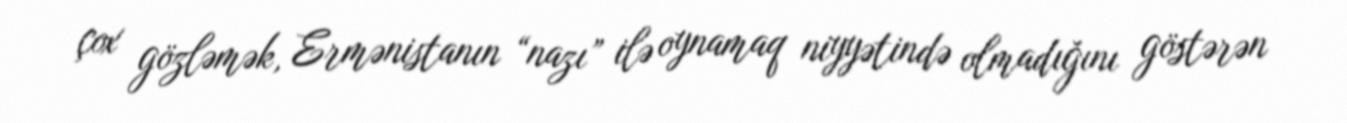
çox gözləmək, Ermənistanın “nazı” ilə oynamaq niyyətində olmadığını göstərən